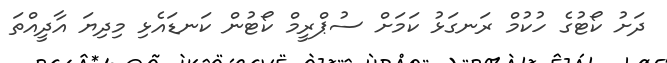
ދަށު ކޯޓުގެ ހުކުމް ރަނގަޅު ކަމަށް ސުޕްރީމް ކޯޓުން ކަނޑައެޅި މިދިޔަ އާދީއްތަ